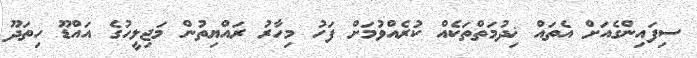
ސިފައިންގެއަށް އެތައް ޚިދުމަތްތަކެއް ކުރެއްވުމަށް ފަހު މިހާރު ރައްޔިތުން މަޖިލީހުގެ އައްޑޫ ހިތަދޫ